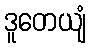
ဒူတေယျံ